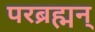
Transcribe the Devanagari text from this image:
परब्रह्मन्